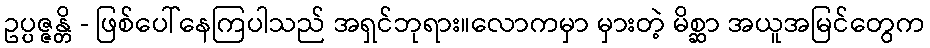
ဥပ္ပဇ္ဇန္တိ - ဖြစ်ပေါ်နေကြပါသည် အရှင်ဘုရား။လောကမှာ မှားတဲ့ မိစ္ဆာ အယူအမြင်တွေက